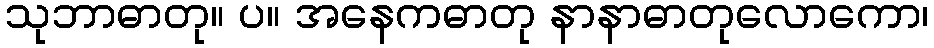
သုဘာဓာတု။ ပ။ အနေကဓာတု နာနာဓာတုလောကော၊